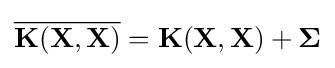
{\overline {\mathbf {K} (\mathbf {X} ,\mathbf {X} )}}=\mathbf {K} (\mathbf {X} ,\mathbf {X} )+{\boldsymbol {\Sigma }}